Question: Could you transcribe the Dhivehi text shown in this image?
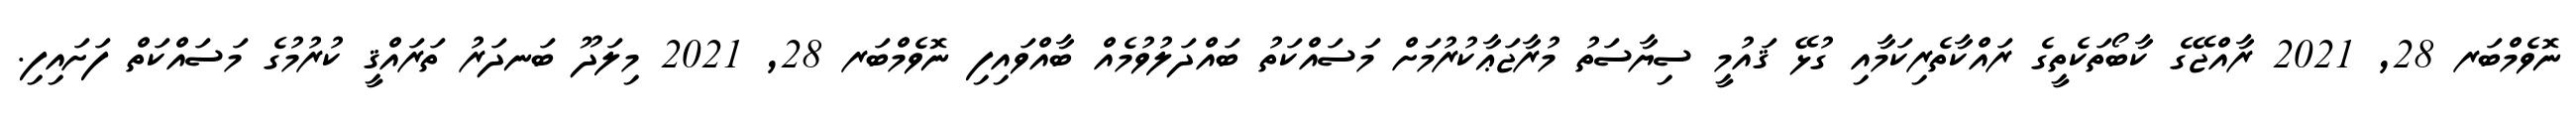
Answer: ނޮވެމްބަރ 28, 2021 ރާއްޖޭގެ ކާބޯތަކެތީގެ ރައްކާތެރިކަމާއި ގުޅޭ ޤައުމީ ސިޔާސަތު މުރާޖަޢާކުރުމަށް މަސައްކަތު ބައްދަލުވުމެއް ބާއްވައިފި ނޮވެމްބަރ 28, 2021 މިލަދޫ ބަނދަރު ތަރައްޤީ ކުރުމުގެ މަސައްކަތް ފަށައިފި.